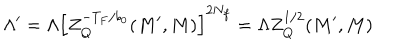
LaTeX: \Lambda ^ { \prime } = \Lambda \left[ Z _ { Q } ^ { - T _ { F } / b _ { 0 } } ( M ^ { \prime } , M ) \right] ^ { 2 N _ { f } } = \Lambda Z _ { Q } ^ { 1 / 2 } ( M ^ { \prime } , M )